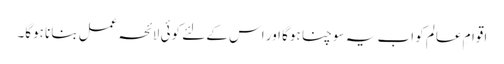
اقوامِ عالم کو اب یہ سوچنا ہوگا اور اس کے لئے کوئی لائحہ عمل بنانا ہوگا۔